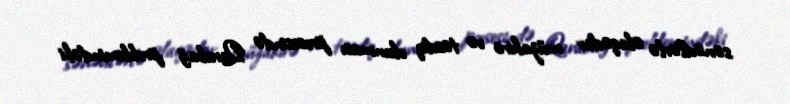
sənədlərlə əlaqədar müzakirə və təsdiq olunması prosesində Qarabağ problemindəki